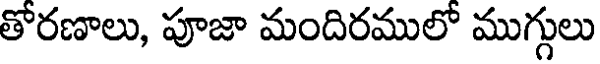
తోరణాలు, పూజా మందిరములో ముగ్గులు